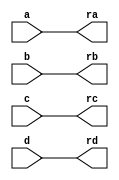
//----------------- sort4.v ------------------
module sort4(ra,rb,rc,rd,a,b,c,d);
  output[3:0] ra,rb,rc,rd;
  input[3:0] a,b,c,d;
  reg[3:0] ra,rb,rc,rd;
  reg[3:0] va,vb,vc,vd;
 
  always @ (a or b or c or d)
    begin
      {va,vb,vc,vd}={a,b,c,d};
      sort2(va,vc);               //va vc
      sort2(vb,vd);               //vb vd
      sort2(va,vb);               //va vb
      sort2(vc,vd);               //vc vd
      sort2(vb,vc);               //vb vc
      {ra,rb,rc,rd}={va,vb,vc,vd};
    end
    
  task sort2;
    inout[3:0] x,y;
    reg[3:0] tmp;
    if(x>y)
      begin
        tmp=x;      //xy
        x=y;
        y=tmp;
      end
  endtask

endmodule